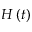
H \left( t \right)